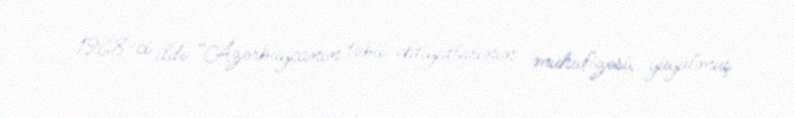
1968-ci ildə “Azərbaycanın təbii ehtiyatlarının mühafizəsi, yuyulmuş